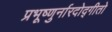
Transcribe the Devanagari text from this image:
प्रभूष्णुर्नारदोद्गीतो